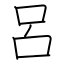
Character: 呂